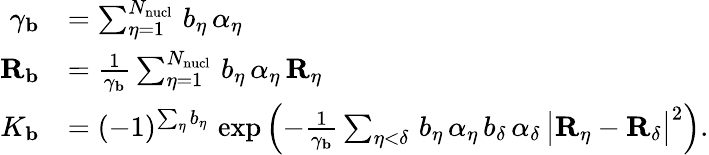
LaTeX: \begin{array}{rl}{\gamma_{\mathbf{b}}}&{=\sum_{\eta=1}^{N_{\mathrm{nucl}}}\, b_{\eta}\, \alpha_{\eta}}\\ {{\mathbf{R}_{\mathbf{b}}}}&{=\frac{1}{\gamma_{\mathbf{b}}}\sum_{\eta=1}^{N_{\mathrm{nucl}}}\, b_{\eta}\, \alpha_{\eta}\, {\mathbf{R}_{\eta}}}\\ {K_{\mathbf{b}}}&{=(-1)^{\sum_{\eta}b_{\eta}}\, \exp\left(-\frac{1}{\gamma_{\mathbf{b}}}\sum_{\eta<\delta}\, b_{\eta}\, \alpha_{\eta}\, b_{\delta}\, \alpha_{\delta}\, \big|{\mathbf{R}_{\eta}}-{\mathbf{R}_{\delta}}\big|^{2}\right)\mathrm{.}}\end{array}